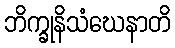
ဘိက္ခုနိသံဃေနာတိ